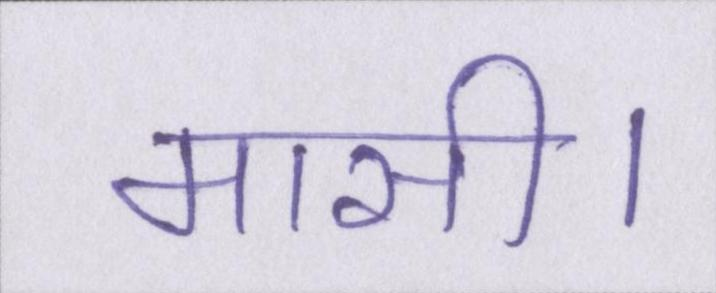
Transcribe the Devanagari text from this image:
मासी।